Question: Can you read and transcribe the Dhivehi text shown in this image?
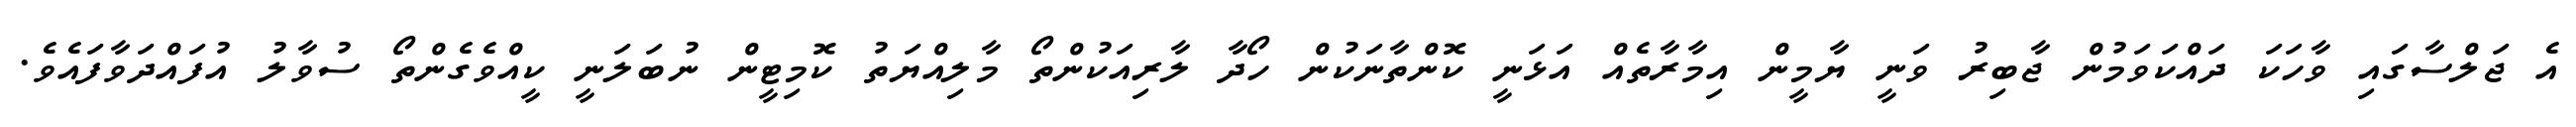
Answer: އެ ޖަލްސާގައި ވާހަކަ ދައްކަވަމުން ޖާބިރު ވަނީ ޔާމީން އިމާރާތެއް އަޅަނީ ކޮންތާނަކުން ހޯދާ ލާރިއަކުންތޯ މާލިއްޔަތު ކޮމިޓީން ނުބަލަނީ ކީއްވެގެންތޯ ސުވާލު އުފައްދަވާފައެވެ.